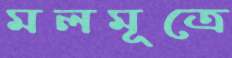
মলমূত্রে